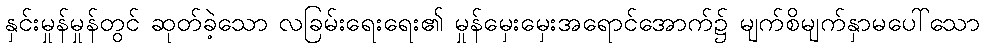
နှင်းမှုန်မှုန်တွင် ဆုတ်ခဲ့သော လခြမ်းရေးရေး၏ မှုန်မှေးမှေးအရောင်အောက်၌ မျက်စိမျက်နှာမပေါ်သော